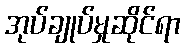
အုပ်ချုပ်မှုဆိုင်ရာ